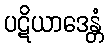
ပဋိယာဒေန္တံ